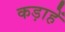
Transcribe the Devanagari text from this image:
कड़ाहें